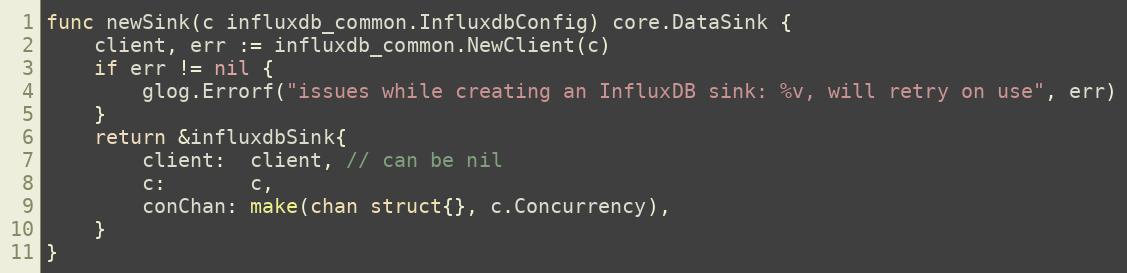
Language: Go
func newSink(c influxdb_common.InfluxdbConfig) core.DataSink {
	client, err := influxdb_common.NewClient(c)
	if err != nil {
		glog.Errorf("issues while creating an InfluxDB sink: %v, will retry on use", err)
	}
	return &influxdbSink{
		client:  client, // can be nil
		c:       c,
		conChan: make(chan struct{}, c.Concurrency),
	}
}